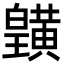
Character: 𪏓